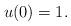
LaTeX: \begin{align*} u(0) = 1.\end{align*}